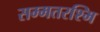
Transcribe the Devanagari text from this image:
सम्मतरश्मि